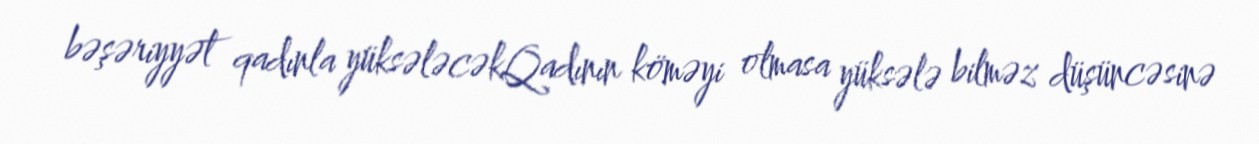
bəşəriyyət qadınla yüksələcəkQadının köməyi olmasa yüksələ bilməz düşüncəsinə